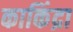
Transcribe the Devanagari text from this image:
काकिंद्रा